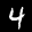
Label: 4